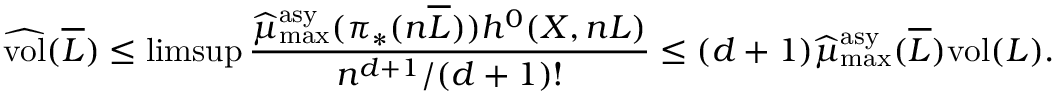
\widehat { \mathrm { v o l } } ( \overline { L } ) \leq \operatorname* { l i m s u p } \frac { \widehat \mu _ { \operatorname* { m a x } } ^ { \mathrm { a s y } } ( \pi _ { * } ( n \overline { L } ) ) h ^ { 0 } ( X , n L ) } { n ^ { d + 1 } / ( d + 1 ) ! } \leq ( d + 1 ) \widehat \mu _ { \operatorname* { m a x } } ^ { \mathrm { a s y } } ( \overline { L } ) \mathrm { v o l } ( L ) .